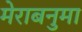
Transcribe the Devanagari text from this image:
मेराबनुमा